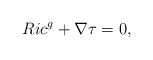
LaTeX: \begin{align*} Ric^g+\nabla \tau =0, \end{align*}